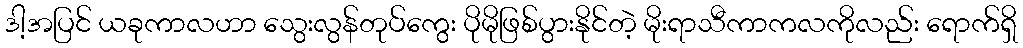
ဒါ့အပြင် ယခုကာလဟာ သွေးလွန်တုပ်ကွေး ပိုမိုဖြစ်ပွားနိုင်တဲ့ မိုးရာသီကာကလကိုလည်း ရောက်ရှိ